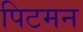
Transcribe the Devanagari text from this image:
पिटमन